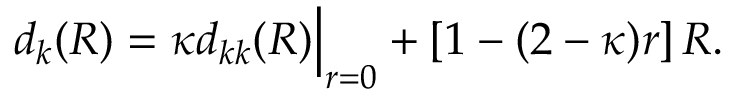
\begin{array} { r } { d _ { k } ( R ) = \kappa d _ { k k } ( R ) \Big | _ { r = 0 } + [ 1 - ( 2 - \kappa ) r ] \, R . } \end{array}